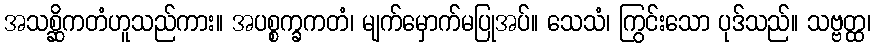
အသစ္ဆိကတံဟူသည်ကား။ အပစ္စက္ခကတံ၊ မျက်မှောက်မပြုအပ်။ သေသံ၊ ကြွင်းသော ပုဒ်သည်။ သဗ္ဗတ္ထ၊